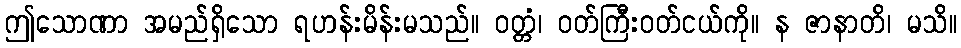
ဤသောဏာ အမည်ရှိသော ရဟန်းမိန်းမသည်။ ဝတ္တံ၊ ဝတ်ကြီးဝတ်ငယ်ကို။ န ဇာနာတိ၊ မသိ။